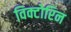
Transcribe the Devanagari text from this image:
विक्टोरिन